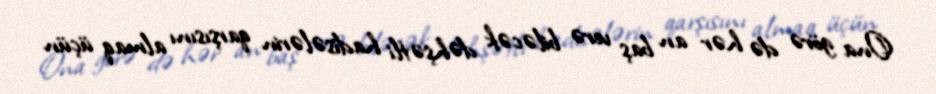
Ona görə də hər an baş verə biləcək dəhşətli hadisələrin qarşısını almaq üçün